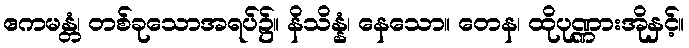
ဧကမန္တံ၊ တစ်ခုသောအရပ်၌။ နိသိန္နံ၊ နေသော။ တေန၊ ထိုပုဏ္ဏားအိုနှင့်။